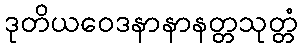
ဒုတိယဝေဒနာနာနတ္တသုတ္တံ